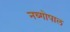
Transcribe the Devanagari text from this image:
नव्गोपाल